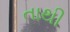
તાથી